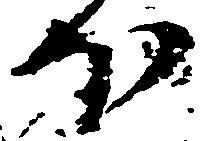
ほ